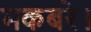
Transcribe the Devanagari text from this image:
मकबरे।